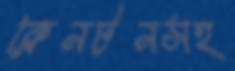
ক্লিনটনসহ